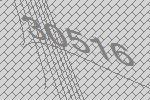
30516